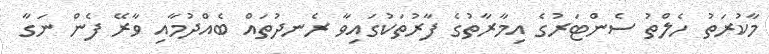
މާކުރަތު ހެލްތު ސެންޓަރުގެ އިމާރާތުގެ ފާރުތަކުގައިވާ ރެނދުތައް ބެއްދުމާއި ވާރޭ ފެން ނަގާ